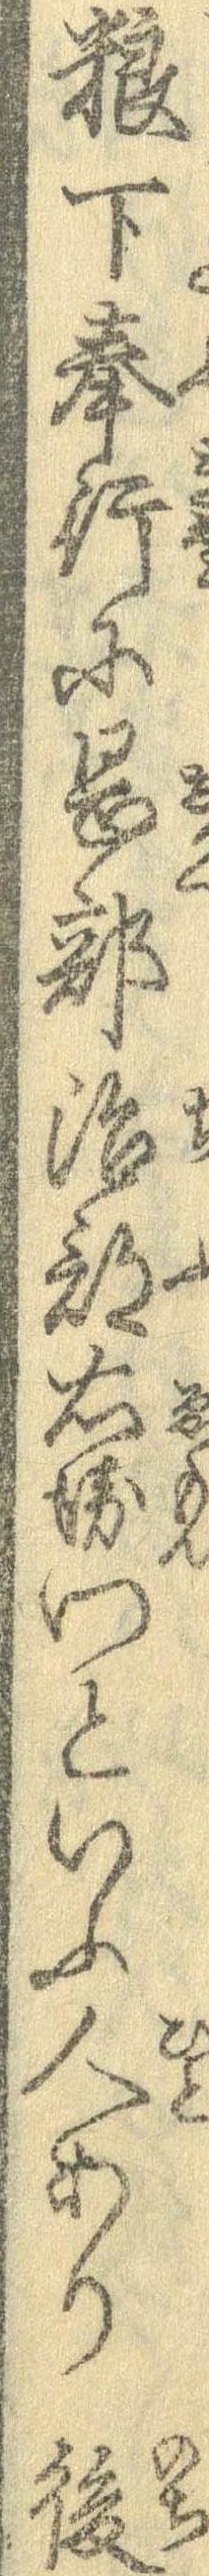
糧下奉行に岡部治部右衛門といふ人あり後